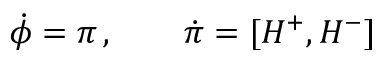
\dot { \phi } = \pi \, , \qquad \dot { \pi } = [ H ^ { + } , H ^ { - } ]